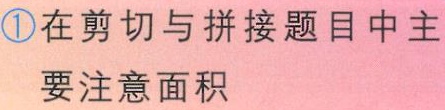
\textcircled{1}在剪切与拼接题目中主

要注意面积